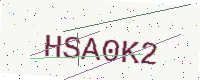
Text: HSA0K2